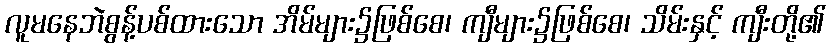
လူမနေဘဲစွန့်ပစ်ထားသော အိမ်များ၌ဖြစ်စေ၊ ကျီများ၌ဖြစ်စေ၊ သိမ်းနှင့် ကျီးတို့၏